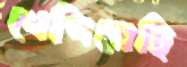
খেপিয়েছি